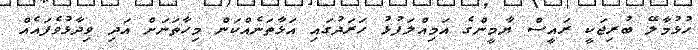
ހުޅުމާލޭ ބުރިޖަކީ ރައީސް ޔާމީންގެ އަމިއްލަފުޅު ހަރަދުގައި އަޅާތަނެއްކަން މިހާތަނަށް އަދި ވިދާޅުވެފައެއް